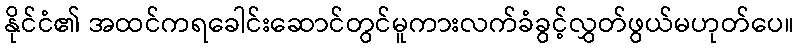
နိုင်ငံ၏ အထင်ကရခေါင်းဆောင်တွင်မူကားလက်ခံခွင့်လွှတ်ဖွယ်မဟုတ်ပေ။